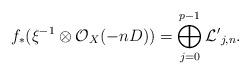
LaTeX: \begin{align*}f_{*}(\xi^{-1}\otimes \mathcal{O}_{X}(-nD))=\bigoplus^{p-1}_{j=0}\mathcal{L'}_{j,n}.\end{align*}